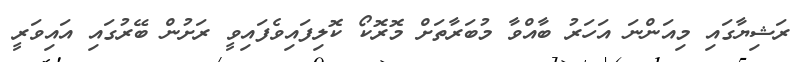
ރަޝިޔާގައި މިއަންނަ އަހަރު ބާއްވާ މުބަރާތަށް މޮރޮކޯ ކޮލިފައިވެފައިވީ ރަށުން ބޭރުގައި އައިވަރީ